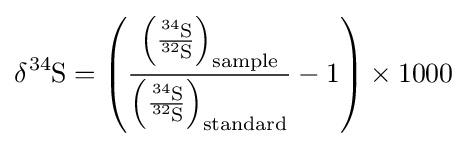
\delta {\ce {^{34}S}}=\left({\frac {\left({\frac {{\ce {^{34}S}}}{{\ce {^{32}S}}}}\right)_{\mathrm {sample} }}{\left({\frac {{\ce {^{34}S}}}{{\ce {^{32}S}}}}\right)_{\mathrm {standard} }}}-1\right)\times 1000